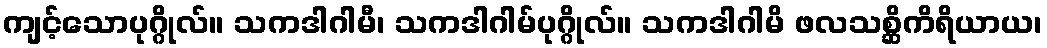
ကျင့်သောပုဂ္ဂိုလ်။ သကဒါဂါမီ၊ သကဒါဂါမ်ပုဂ္ဂိုလ်။ သကဒါဂါမိ ဖလသစ္ဆိကိရိယာယ၊